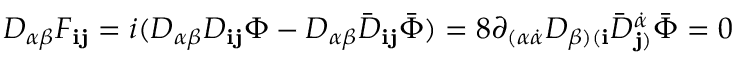
D _ { \alpha \beta } F _ { { \mathbf i } { \mathbf j } } = i ( D _ { \alpha \beta } D _ { { \mathbf i } { \mathbf j } } \Phi - D _ { \alpha \beta } { \bar { D } } _ { { \mathbf i } { \mathbf j } } { \bar { \Phi } } ) = 8 \partial _ { ( \alpha \dot { \alpha } } D _ { \beta ) ( { \mathbf i } } { \bar { D } } _ { { \mathbf j } ) } ^ { \dot { \alpha } } { \bar { \Phi } } = 0